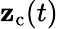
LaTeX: \mathbf{z}_{\mathrm{{c}}}(t)